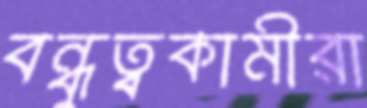
বন্ধুত্বকামীরা